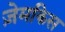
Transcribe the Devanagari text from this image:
ज़ेमकिस